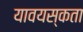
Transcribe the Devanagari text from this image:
यावयस्कता